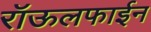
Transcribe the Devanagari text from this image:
रॉऊलफाईन